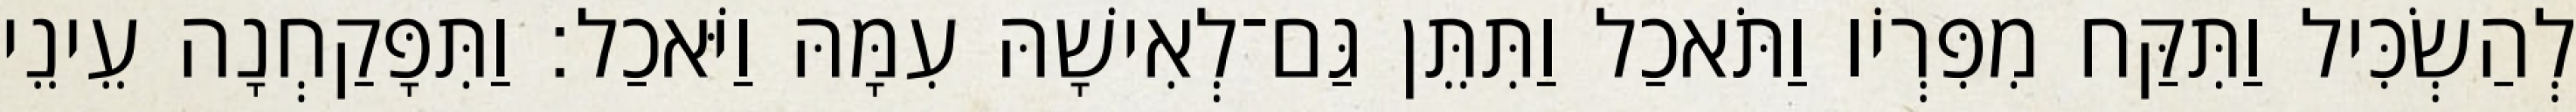
לְהַשְׂכִּיל וַתִּקַּח מִפִּרְיֹו וַתֹּאכַל וַתִּתֵּן גַּם־לְאִישָׁהּ עִמָּהּ וַיֹּאכַל׃ וַתִּפָּקַחְנָה עֵינֵי